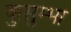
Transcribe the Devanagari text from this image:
कुसुम्भा